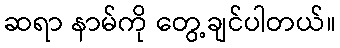
ဆရာ နာမ်ကို တွေ့ချင်ပါတယ်။